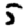
Digit: 5